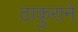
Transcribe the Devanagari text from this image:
ठाकुराने